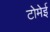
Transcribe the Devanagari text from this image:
टोमेई